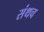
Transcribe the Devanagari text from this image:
संथच